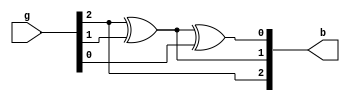
`timescale 1ns / 1ps
//////////////////////////////////////////////////////////////////////////////////
// Company: 
// Engineer: 
// 
// Design Name: 
// Module Name:    gray_bin 
// Project Name: 
// Target Devices: 
// Tool versions: 
// Description: 
//
// Dependencies: 
//
// Revision: 
// Revision 0.01 - File Created
// Additional Comments: 
//
//////////////////////////////////////////////////////////////////////////////////
module gray_bin(g,b);
    input [2:0] g;
    output [2:0] b;
	 assign b[2]=g[2];
	 assign b[1]=g[2]^g[1];
	 assign b[0]=g[2]^g[1]^g[0];

endmodule